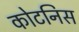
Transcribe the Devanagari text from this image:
कोटनिस